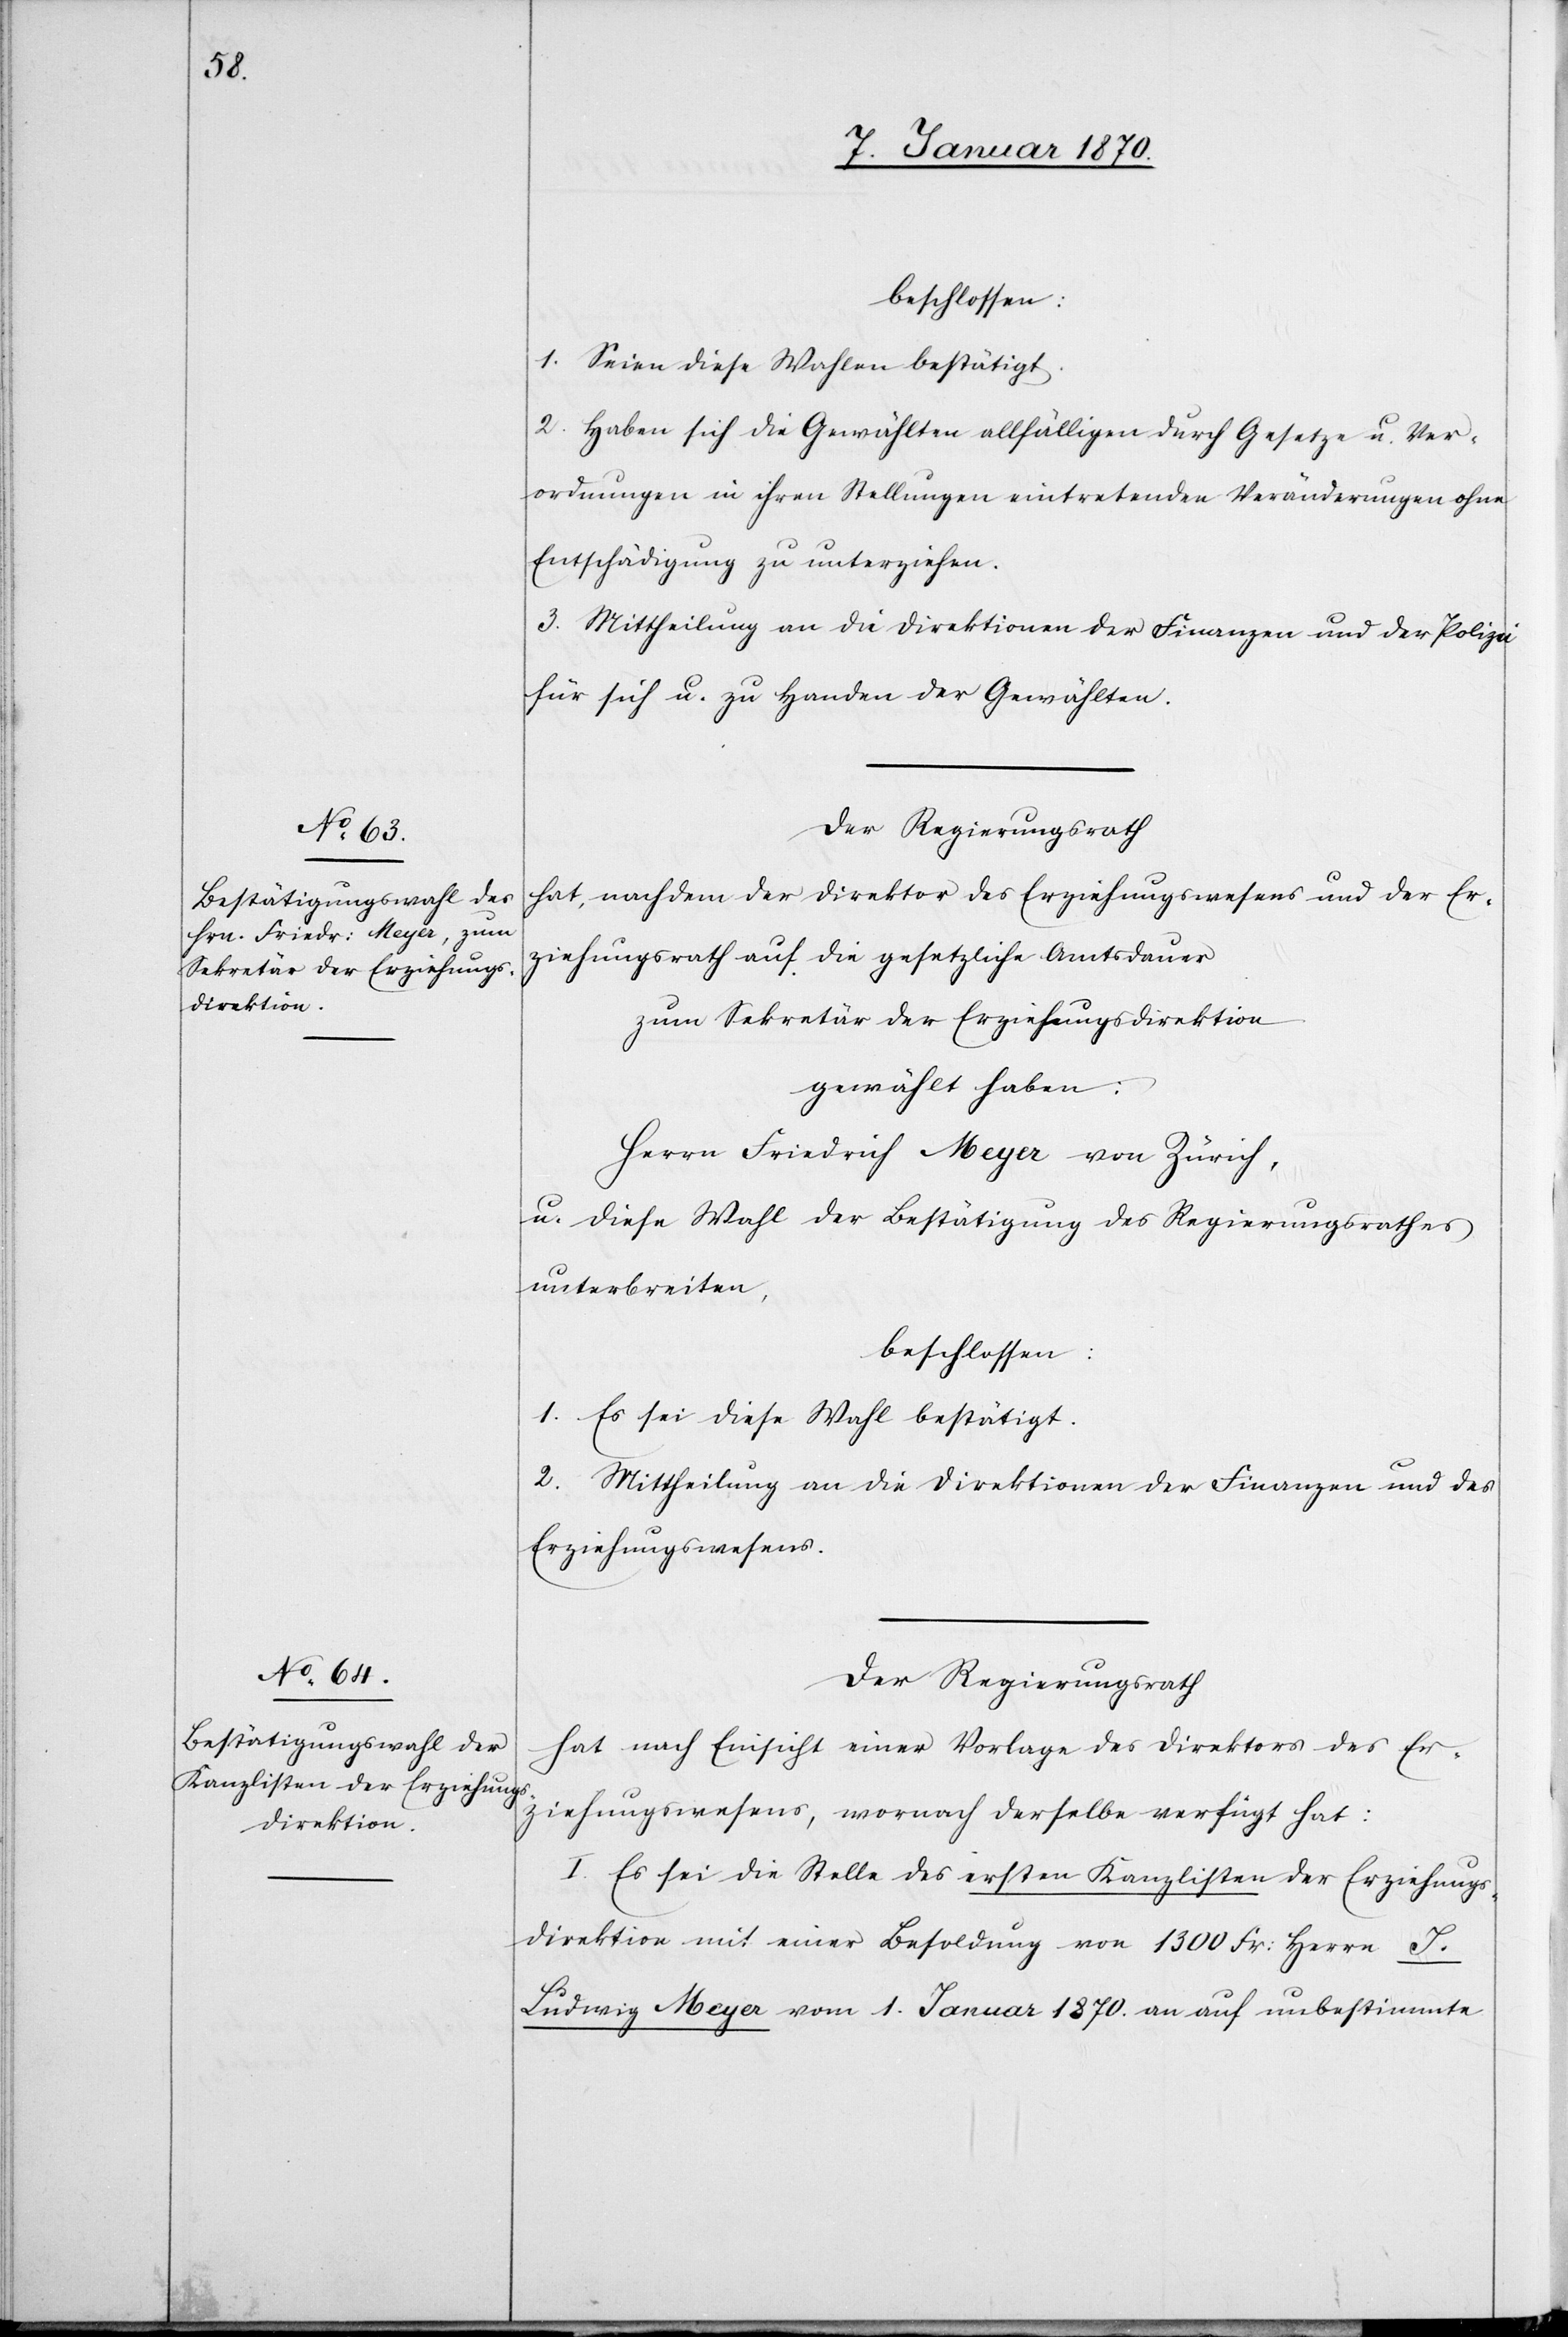
beschlossen:
1. Seien diese Wahlen bestätigt.
2. Haben sich die Gewählten allfälligen durch Gesetze u. Ver¬
ordnungen in ihren Stellungen eintretenden Veränderungen ohne
Entschädigung zu unterziehen.
3. Mittheilung an die Direktionen der Finanzen und der Polizei
für sich u. zu Handen der Gewählten.
Der Regierungsrath
hat, nachdem der Direktor des Erziehungswesens und der Er¬
ziehungsrath auf die gesetzliche Amtsdauer
zum Sekretär der Erziehungsdirektion
gewählt haben:
Herrn Friedrich Meyer von Zürich,
u. diese Wahl der Bestätigung des Regierungsrathes
unterbreiten,
beschlossen:
1. Es sei diese Wahl bestätigt.
2. Mittheilung an die Direktionen der Finanzen und des
Erziehungswesens.
Der Regierungsrath
hat nach Einsicht einer Vorlage des Direktors des Er¬
ziehungswesens, wornach derselbe verfügt hat:
I. Es sei die Stelle des ersten Kanzlisten der Erziehungs¬
direktion mit einer Besoldung von 1300 Fr: Herrn J.
Ludwig Meyer vom 1. Januar 1870. an auf unbestimmte